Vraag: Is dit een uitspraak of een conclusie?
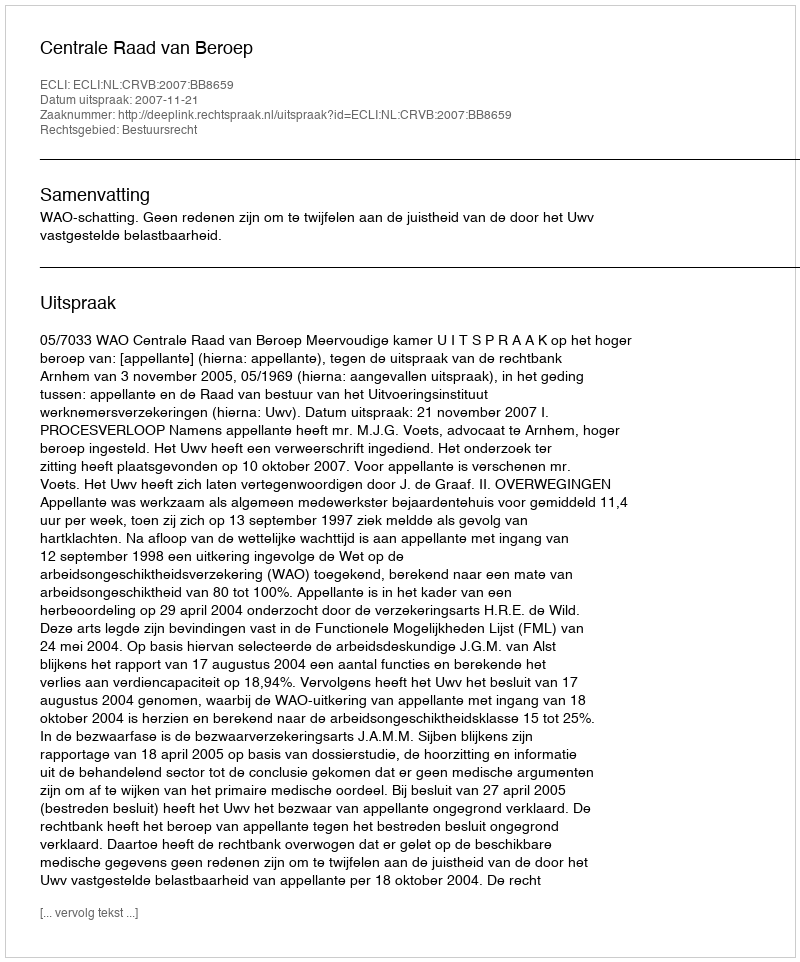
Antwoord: Uitspraak